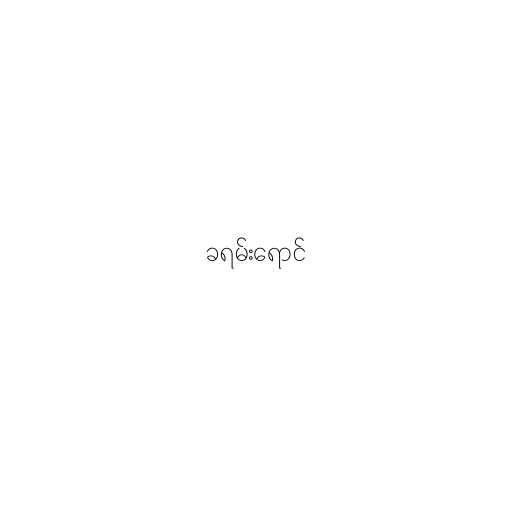
ခရမ်းရောင်